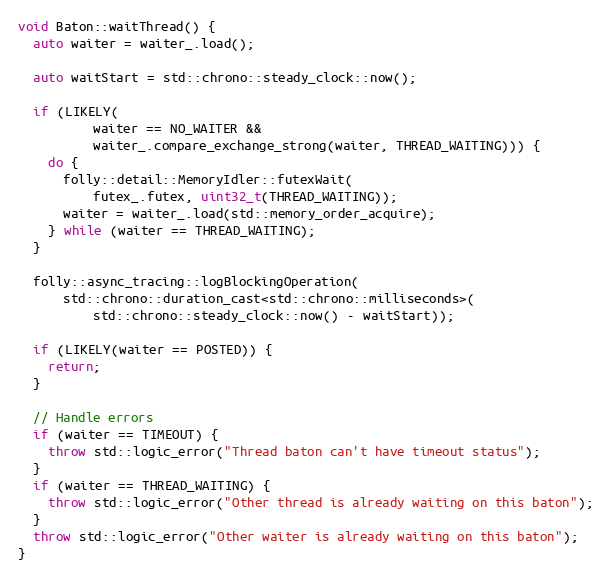
Language: C++
void Baton::waitThread() {
  auto waiter = waiter_.load();

  auto waitStart = std::chrono::steady_clock::now();

  if (LIKELY(
          waiter == NO_WAITER &&
          waiter_.compare_exchange_strong(waiter, THREAD_WAITING))) {
    do {
      folly::detail::MemoryIdler::futexWait(
          futex_.futex, uint32_t(THREAD_WAITING));
      waiter = waiter_.load(std::memory_order_acquire);
    } while (waiter == THREAD_WAITING);
  }

  folly::async_tracing::logBlockingOperation(
      std::chrono::duration_cast<std::chrono::milliseconds>(
          std::chrono::steady_clock::now() - waitStart));

  if (LIKELY(waiter == POSTED)) {
    return;
  }

  // Handle errors
  if (waiter == TIMEOUT) {
    throw std::logic_error("Thread baton can't have timeout status");
  }
  if (waiter == THREAD_WAITING) {
    throw std::logic_error("Other thread is already waiting on this baton");
  }
  throw std::logic_error("Other waiter is already waiting on this baton");
}